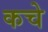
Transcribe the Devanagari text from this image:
कचे